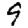
Digit: 9